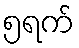
၅ရက်